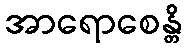
အာရောစေန္တိ